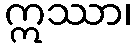
ဣဿာ၊